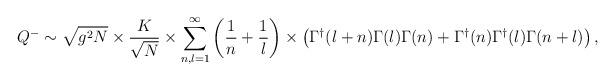
LaTeX: \begin{align*}Q^- \sim \sqrt{g^2 N} \times \frac{K}{\sqrt{N}} \times \sum_{n,l=1}^{\infty}\left(\frac{1}{n} + \frac{1}{l} \right) \times \left(\Gamma^{\dagger}(l+n) \Gamma(l) \Gamma(n)+ \Gamma^{\dagger}(n)\Gamma^{\dagger}(l) \Gamma (n+l)\right),\end{align*}